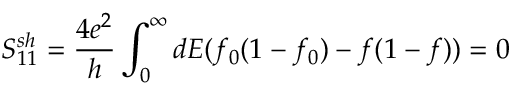
{ S _ { 1 1 } ^ { s h } = \frac { 4 e ^ { 2 } } { h } \int _ { 0 } ^ { \infty } d E ( f _ { 0 } ( 1 - f _ { 0 } ) - f ( 1 - f ) ) = 0 }